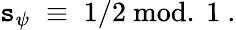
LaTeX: \mathtt{s}_{\psi}\; \equiv\; 1/2~\mathrm{{mod.~}}1~.